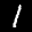
Label: 1